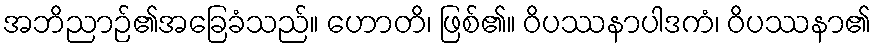
အဘိညာဉ်၏အခြေခံသည်။ ဟောတိ၊ ဖြစ်၏။ ဝိပဿနာပါဒကံ၊ ဝိပဿနာ၏